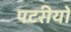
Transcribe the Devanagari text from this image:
पटरीयों